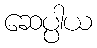
ဆေပ္ပါယ